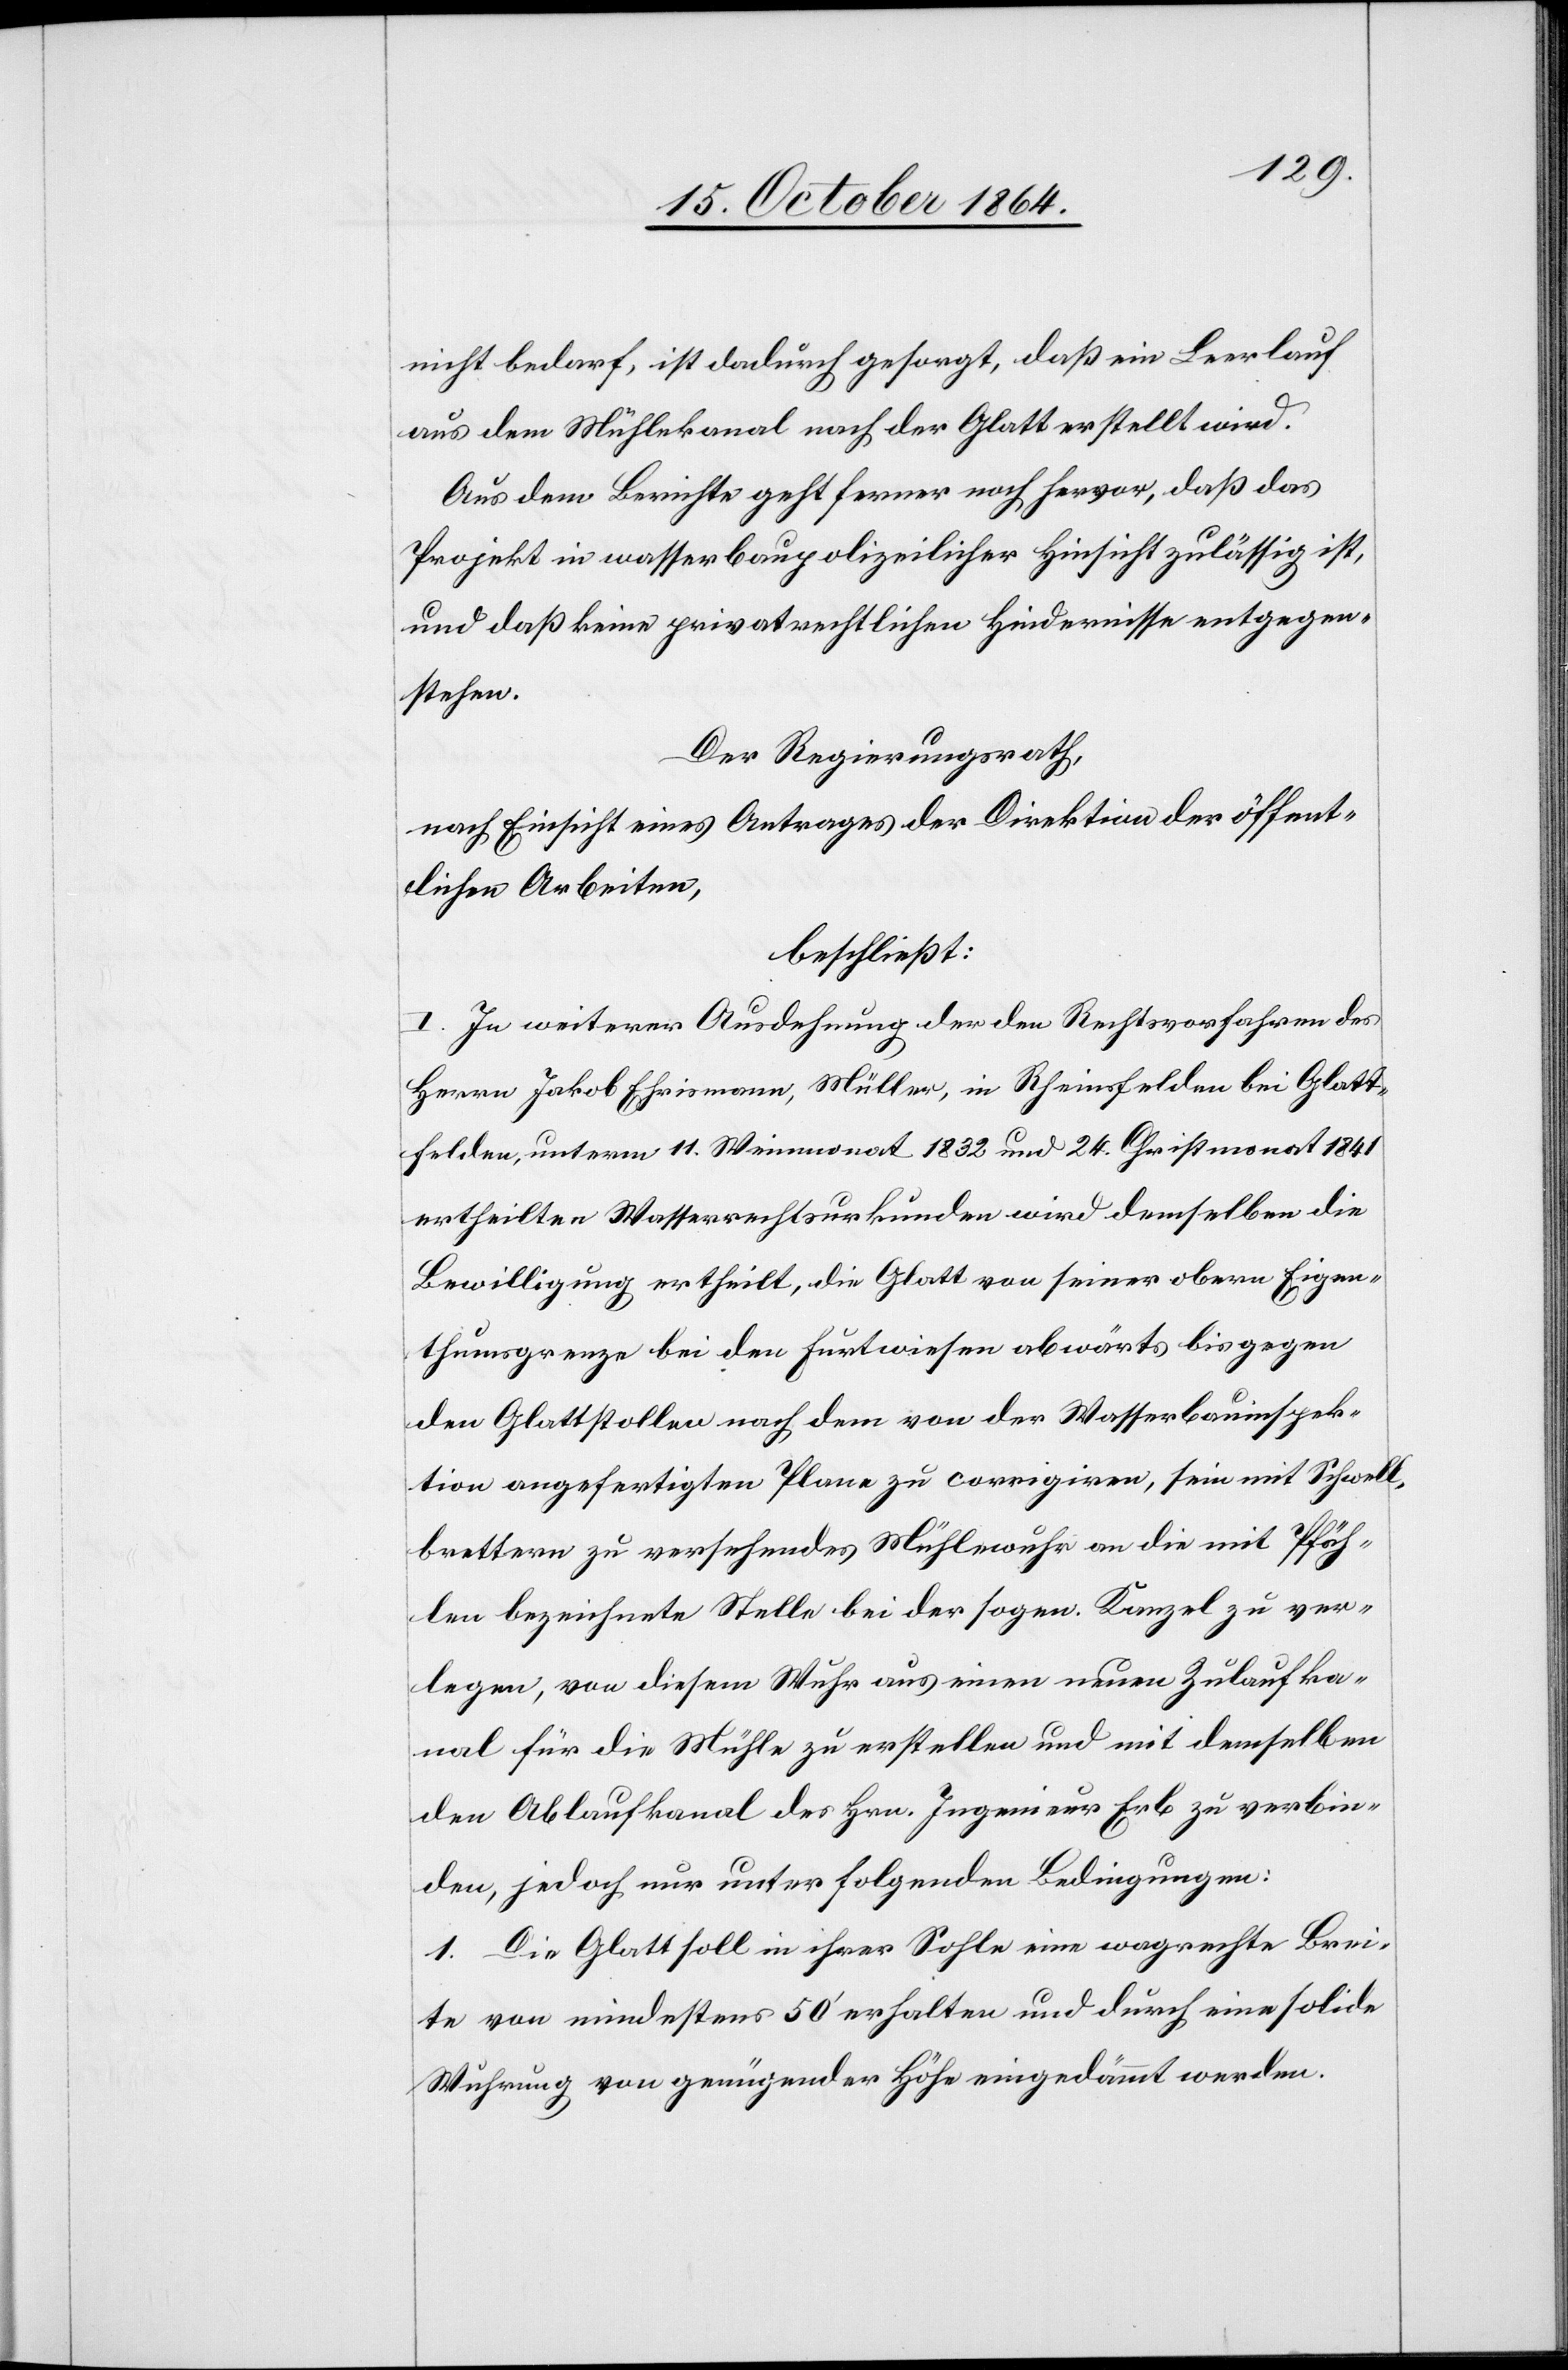
nicht bedarf, ist dadurch gesorgt, daß ein Leerlauf
aus dem Mühlekanal nach der Glatt erstellt wird.
Aus dem Berichte geht ferner noch hervor, daß das
Projekt in wasserbaupolizeilicher Hinsicht zulässig ist,
und daß keine privatrechtlichen Hindernisse entgegen¬
stehen.
Der Regierungsrath,
nach Einsicht eines Antrages der Direktion der öffent¬
lichen Arbeiten,
beschließt:
I. In weiterer Ausdehnung der dem Rechtsvorfahren des
Herrn Jakob Ehrismann, Müller, in Rheinsfelden bei Glatt¬
felden, unterm 11. Weinmonat 1832 und 24. Christmonat 1841
ertheilten Wasserrechtsurkunden wird demselben die
Bewilligung ertheilt, die Glatt von seiner obern Eigen¬
thumsgrenze bei den Furtwiesen abwärts bis gegen
den Glattstollen nach dem von der Wasserbauinspek¬
tion ausgefertigten Plane zu corrigiren, sein mit Schwell¬
brettern zu versehendes Mühlewuhr an die mit Pfäh¬
len bezeichnete Stelle bei der sogen. Kanzel zu ver¬
legen, von diesem Wuhr aus einen neuen Zulaufka¬
nal für die Mühle zu erstellen und mit demselben
den Ablaufkanal des Hrn. Ingenieur Erb zu verbin¬
den, jedoch nur unter folgenden Bedingungen:
1. Die Glatt soll in ihrer Sohle eine wa[a]grechte Brei¬
te von mindestens 50’ erhalten und durch eine solide
Wuhrung von genügender Höhe eingedämmt werden.